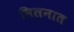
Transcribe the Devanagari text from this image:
मिलनात